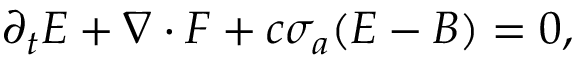
\begin{array} { r } { \partial _ { t } E + \nabla \cdot F + c \sigma _ { a } ( E - B ) = 0 , } \end{array}